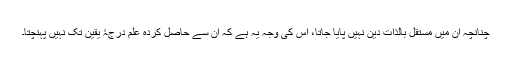
چنانچہ ان میں مستقل بالذات دین نہیں پایا جاتا، اس کی وجہ یہ ہے کہ ان سے حاصل کردہ علم درجۂ یقین تک نہیں پہنچتا۔